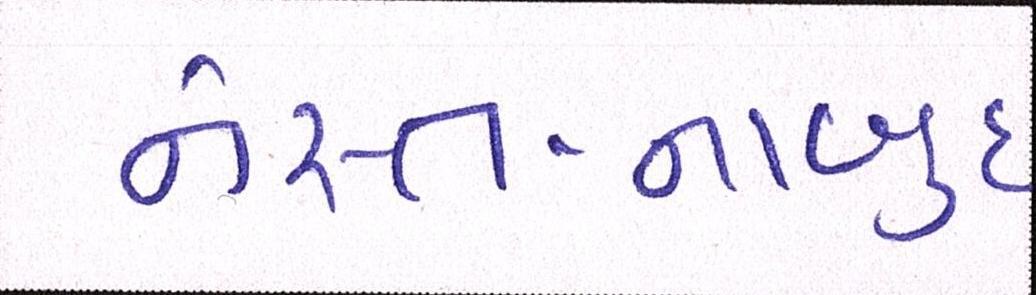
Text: નેસ્ત-નાબુદ